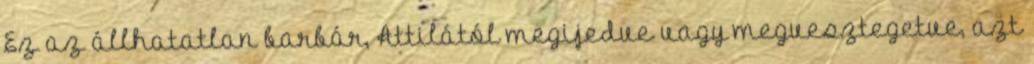
Ez az állhatatlan barbár, Attilától megijedve vagy megvesztegetve, azt